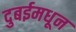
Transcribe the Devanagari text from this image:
दुबईमधून